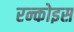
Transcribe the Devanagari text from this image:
रन्कोइस